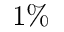
1 \%